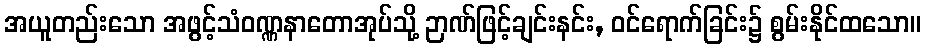
အယူတည်းသော အဖွင့်သံဝဏ္ဏနာတောအုပ်သို့ ဉာဏ်ဖြင့်ချင်းနင်း, ဝင်ရောက်ခြင်း၌ စွမ်းနိုင်ထသော။